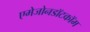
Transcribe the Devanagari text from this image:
एमेजोनडॉटकॉम